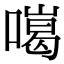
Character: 𠾩